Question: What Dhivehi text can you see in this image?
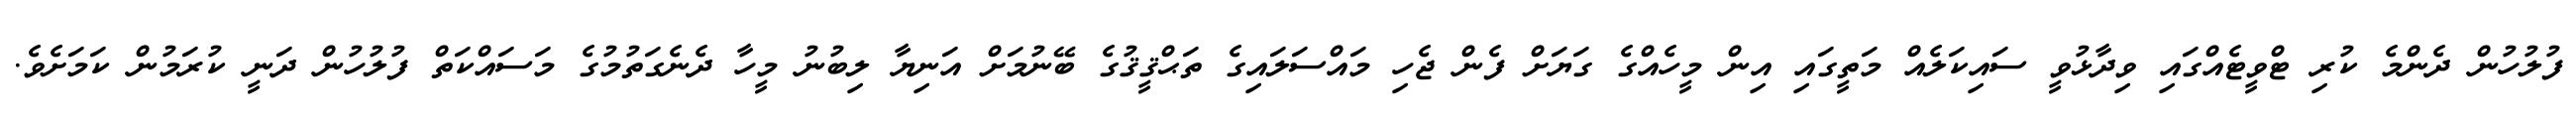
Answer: ފުލުހުން ދެންމެ ކުރި ޓްވީޓެއްގައި ވިދާޅުވީ ސައިކަލެއް މަތީގައި އިން މީހެއްގެ ގަޔަށް ފެން ޖެހި މައްސަލައިގެ ތަޙްޤީޤުގެ ބޭނުމަށް އަނިޔާ ލިބުނު މީހާ ދެނެގަތުމުގެ މަސައްކަތް ފުލުހުން ދަނީ ކުރަމުން ކަމަށެވެ.